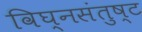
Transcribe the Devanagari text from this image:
विघ्नसंतुष्ट